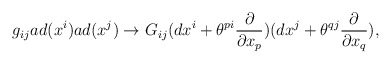
\begin{align*}g_{ij}ad(x^i)ad(x^j)\rightarrow G_{ij}(dx^i+\theta^{pi}\frac{\partial}{\partial x_p})(dx^j+\theta^{qj}\frac{\partial}{\partial x_q}),\end{align*}